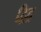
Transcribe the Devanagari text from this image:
द्विद्र